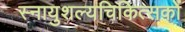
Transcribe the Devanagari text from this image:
स्नायुशल्यचिकित्सकों